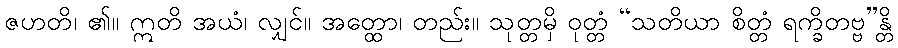
ဇဟတိ၊ ၏။ ဣတိ အယံ၊ လျှင်။ အတ္ထော၊ တည်း။ သုတ္တမှိ ဝုတ္တံ “သတိယာ စိတ္တံ ရက္ခိတဗ္ဗ”န္တိ